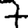
Digit: 7